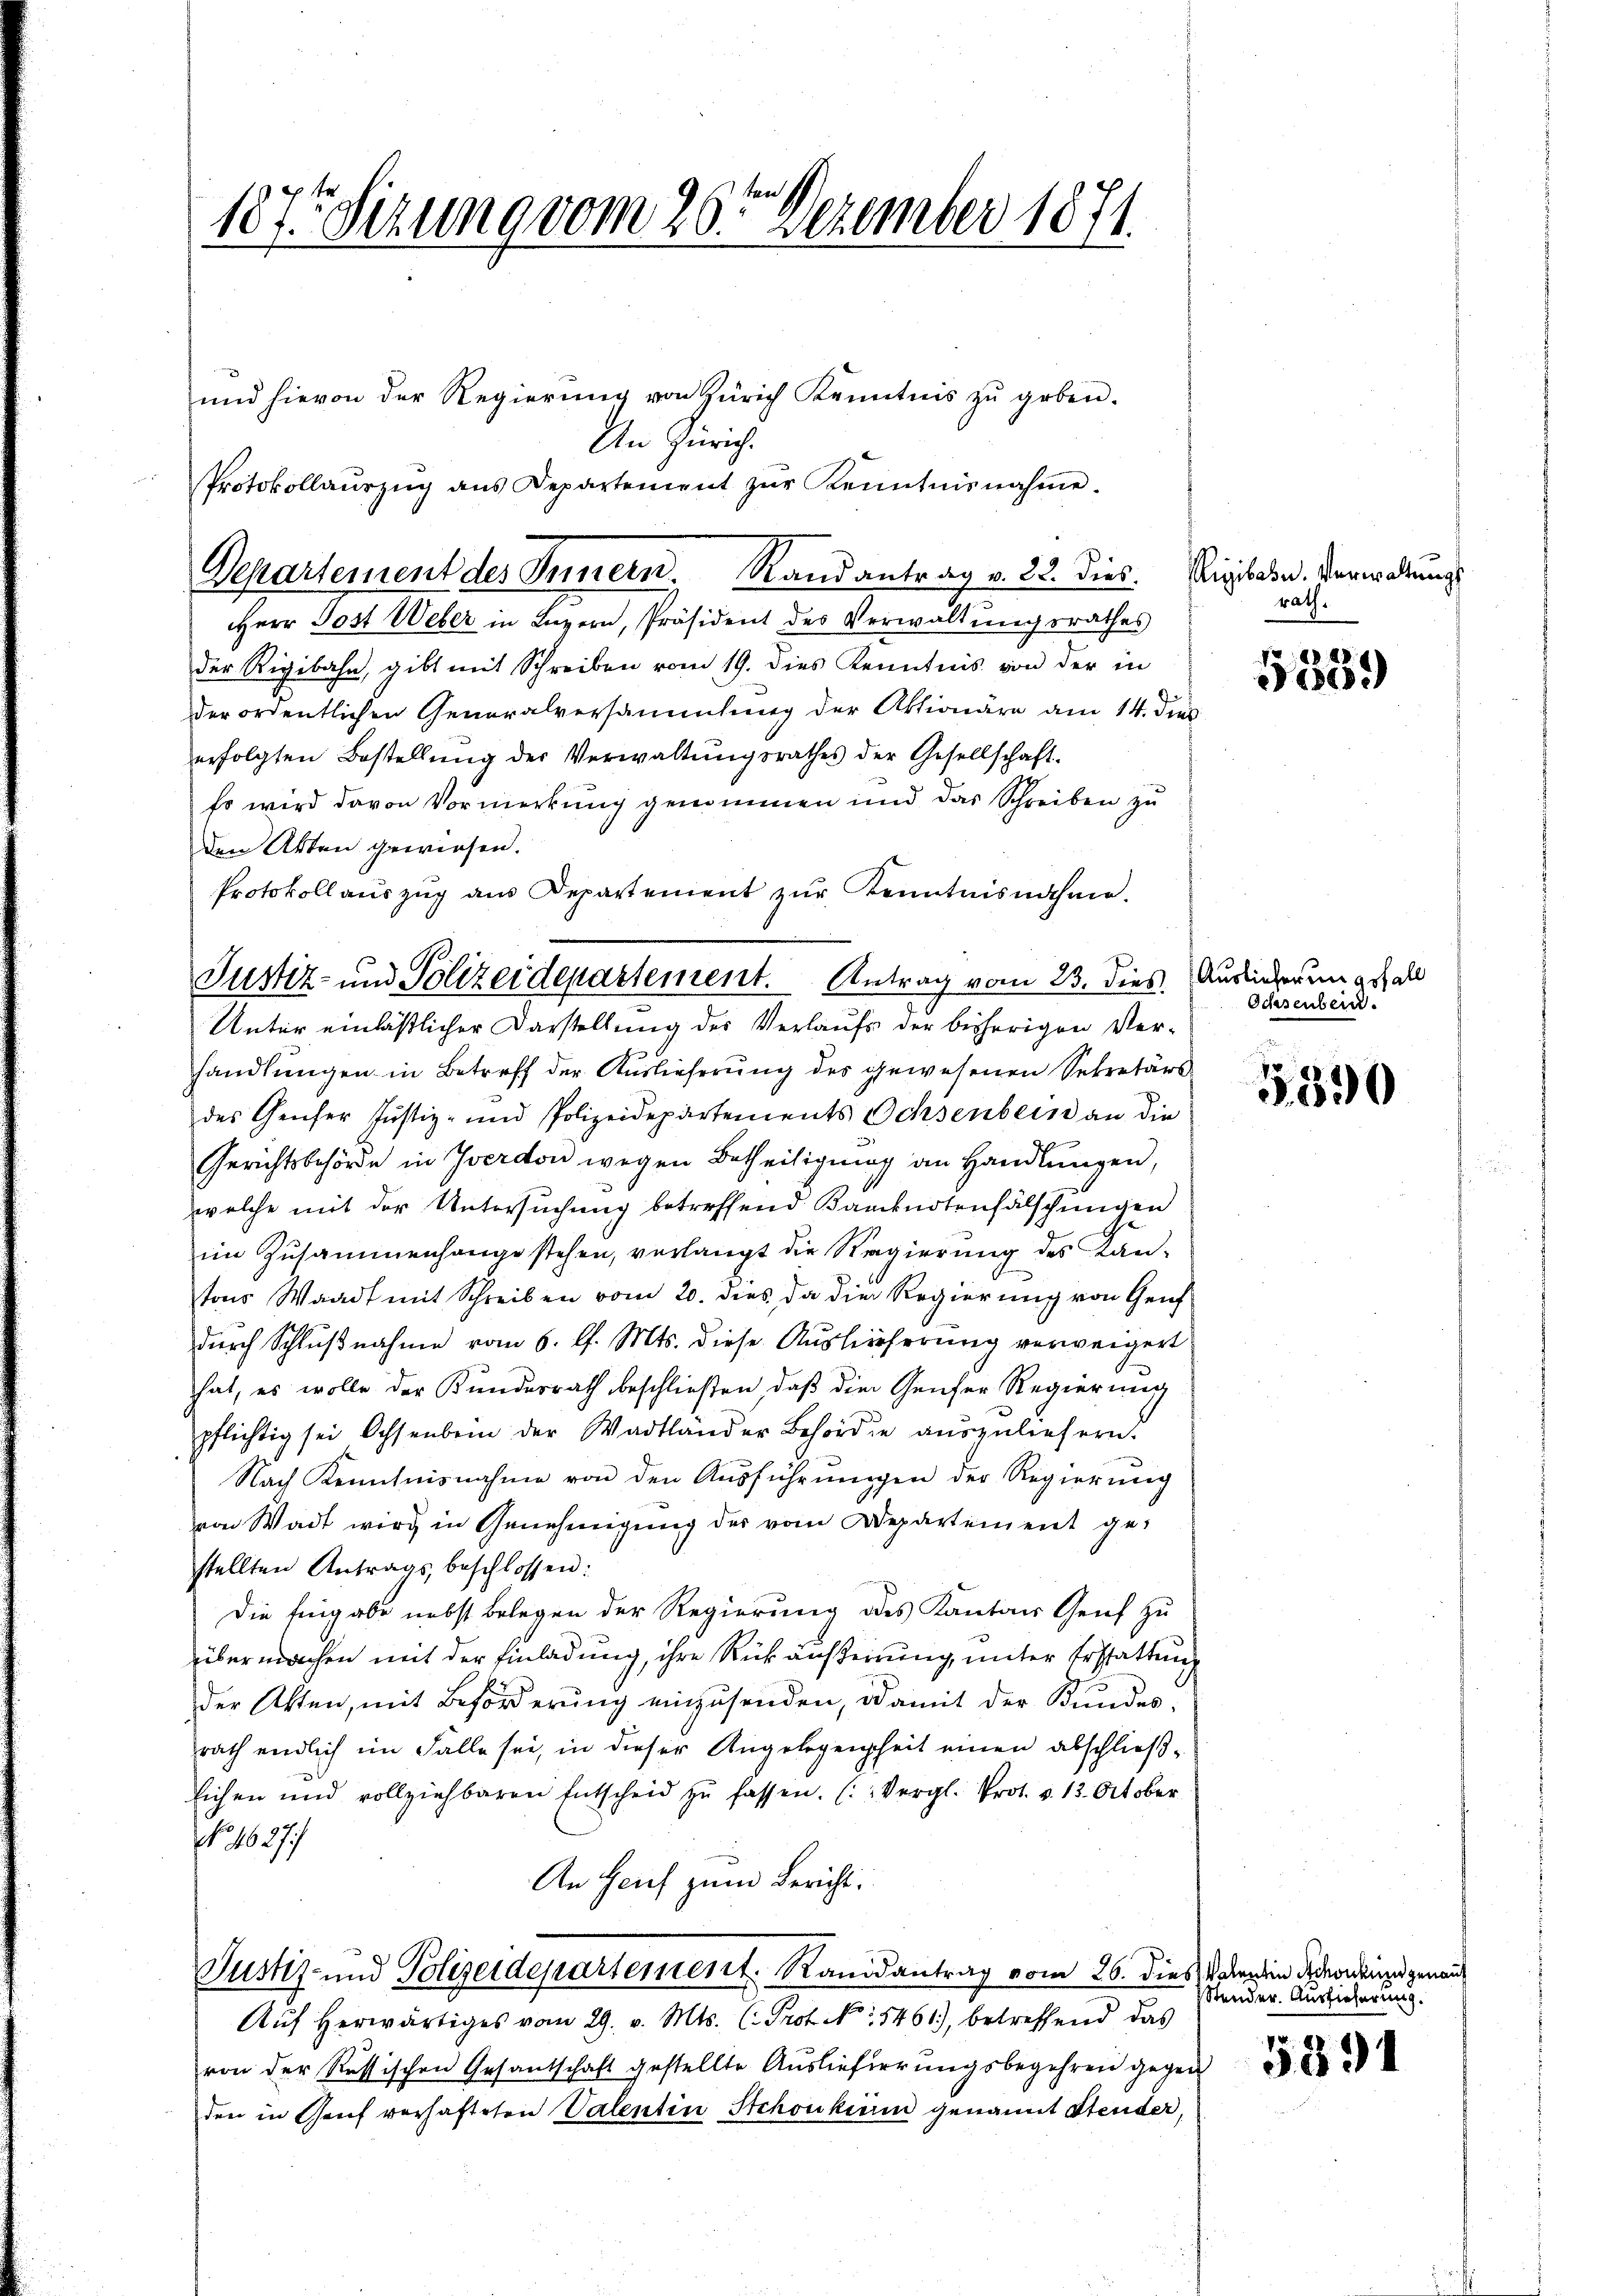
187 Sezung vom 26ten Dezember 1871

und hievon der Regierŭng von Zürich Kenntnis zŭ geben.
An Zürich.
Protokollaŭszŭg ans Departement zŭr Kenntnisnahme.
Departement des Innern. Rand antrag v. 22. dies

HHerr Post Weber in Luzern, Präsident des Verwaltungsrathes
der Rigibahn, gibt mit Schreiben vom 19. dies Kenntnis von der in
der ordentlichen Generalversammlung der Aktionäre am 14. dies
erfolgten Bestellŭng der Verwaltŭngsrathes der Gesellschaft.
Es wird davon Vormerkung genommen und das Schreiben zu
den Akten gewiesen.
handlungen in Betreff der Auslieferung des gewesenen Sekretärs
des Genfer Justiz- und Polizeidepartements Ochsenbein an die
Gerichtsbehörde in Yverdon wegen Betheiligung an Handlungen,
welche mit der Untersuchung betreffend Banknotenfälschungen
im Zusammenhange stehen, verlangt die Regierung des Kan-
tons Waadt mit Schreiben vom 20. dies da die Regierung von Genf
durch Schlußnahme vom 6. l. Mts. diese Auslieferung verweigert
hat, es wolle der Kundesrath beschließen, daß die Genfer Regierung
pflichtig sei Ochsenbein der Wadtländer Behörde aŭszŭliefern.
Nach Kenntnisnahme von den Ausführŭngen der Regierung
von Wadt wird in Genehmigŭng des vom Departement ge-
stellten Antrags beschlossen:
Die Eingabe nebst Belegen der Regierung des Kantons Genf zu
übermachen mit der Einladung, ihre Rückäußerung, unter Erstattung
der Akten, mit Beförderŭng einzusenden, damit der Kundes,
rath endlich im Falle sei, in dieser Angelegenheit einen abschließ¬
Eichen und vollziehbaren Entscheid zŭ fassen. (Vergl. Prot. v. 13. October
No. 1627)
An Heuf zum Bericht:
Justiz- und Polizeidepartement. Randantrag vom 26. dies den ein Adende und genann
Aŭf herwärtiges vom 29. v. Mts. C. Prof. No 5461), betreffend das
von der Ressischen Gesantschaft gestellte Auslieferungsbegehren gegen
den in Graf verhafteten Valentin Stchoukerin genannt Stender,

Protokollauszug aus Departement zŭr Kenntnisnahme.
Justiz- und Polizeidepartement. Antrag vom 23. dies Ausliederungsfall
Unter einläßlicher Darstellung des Verlaufs der bisherigen Ver¬

Rigibahn. Verwaltungs
rath.

5539)

Ochsenbend.

5390

Stender Auslieferung.

5391